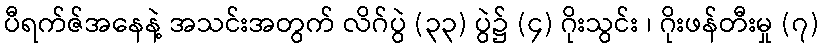
ပီရက်ဇ်အနေနဲ့ အသင်းအတွက် လိဂ်ပွဲ (၃၃) ပွဲ၌ (၄) ဂိုးသွင်း ၊ ဂိုးဖန်တီးမှု (၇)